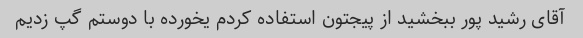
آقای رشید پور ببخشید از پیجتون استفاده کردم یخورده با دوستم گپ زدیم